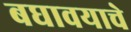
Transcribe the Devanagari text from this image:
बघावयाचे